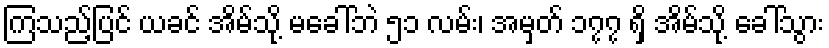
ကြသည့်ပြင် ယခင် အိမ်သို့ မခေါ်ဘဲ ၅၁ လမ်း၊ အမှတ် ၁၇၇ ရှိ အိမ်သို့ ခေါ်သွား